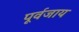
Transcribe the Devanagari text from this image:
पूर्वजाय